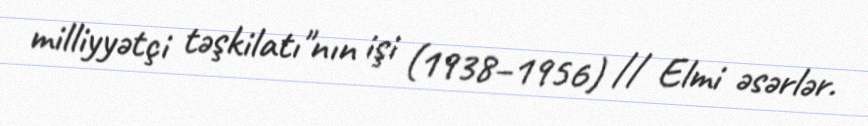
milliyyətçi təşkilatı"nın işi (1938–1956) // Elmi əsərlər.